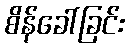
စိန်ခေါ်ခြင်း